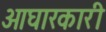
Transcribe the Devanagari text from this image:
आघारकारी